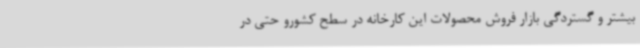
بیشتر و گستردگی بازار فروش محصولات این کارخانه در سطح کشورو حتی در